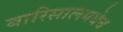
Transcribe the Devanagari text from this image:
बारिसालमधेच